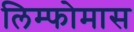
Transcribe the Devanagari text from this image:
लिम्‍फोमास